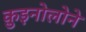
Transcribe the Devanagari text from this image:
क़ुइनोलोने